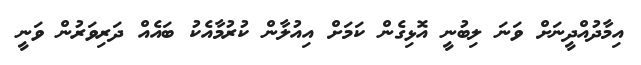
އިމާދުއްދީނަށް ވަނަ ލިބުނީ އޮޅިގެން ކަމަށް އިއުލާން ކުރުމާއެކު ބައެއް ދަރިވަރުން ވަނީ